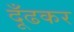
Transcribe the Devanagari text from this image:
दूँढकर